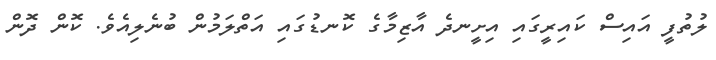
ލުތުފީ އައިސް ކައިރީގައި އިށީނދެ އާޒިމާގެ ކޮނޑުގައި އަތްލަމުން ބުނެލިއެވެ. ކޮން ދޮން